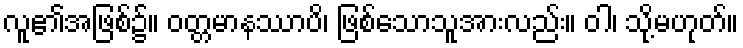
လူ၏အဖြစ်၌။ ဝတ္တမာနဿာပိ၊ ဖြစ်သောသူအားလည်း။ ဝါ၊ သို့မဟုတ်။